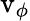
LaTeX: \mathrm{v}_{\phi}